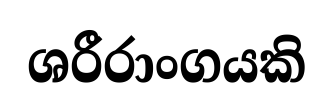
ශරීරාංගයකි